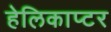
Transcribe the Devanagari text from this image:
हेलिकाप्‍टर